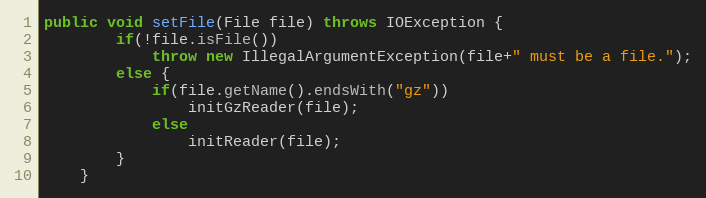
Language: Java
public void setFile(File file) throws IOException {
        if(!file.isFile())
            throw new IllegalArgumentException(file+" must be a file.");
        else {
            if(file.getName().endsWith("gz"))
                initGzReader(file);
            else
                initReader(file);
        }
    }